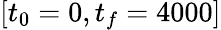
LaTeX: [t_{0}=0,t_{f}=4000]